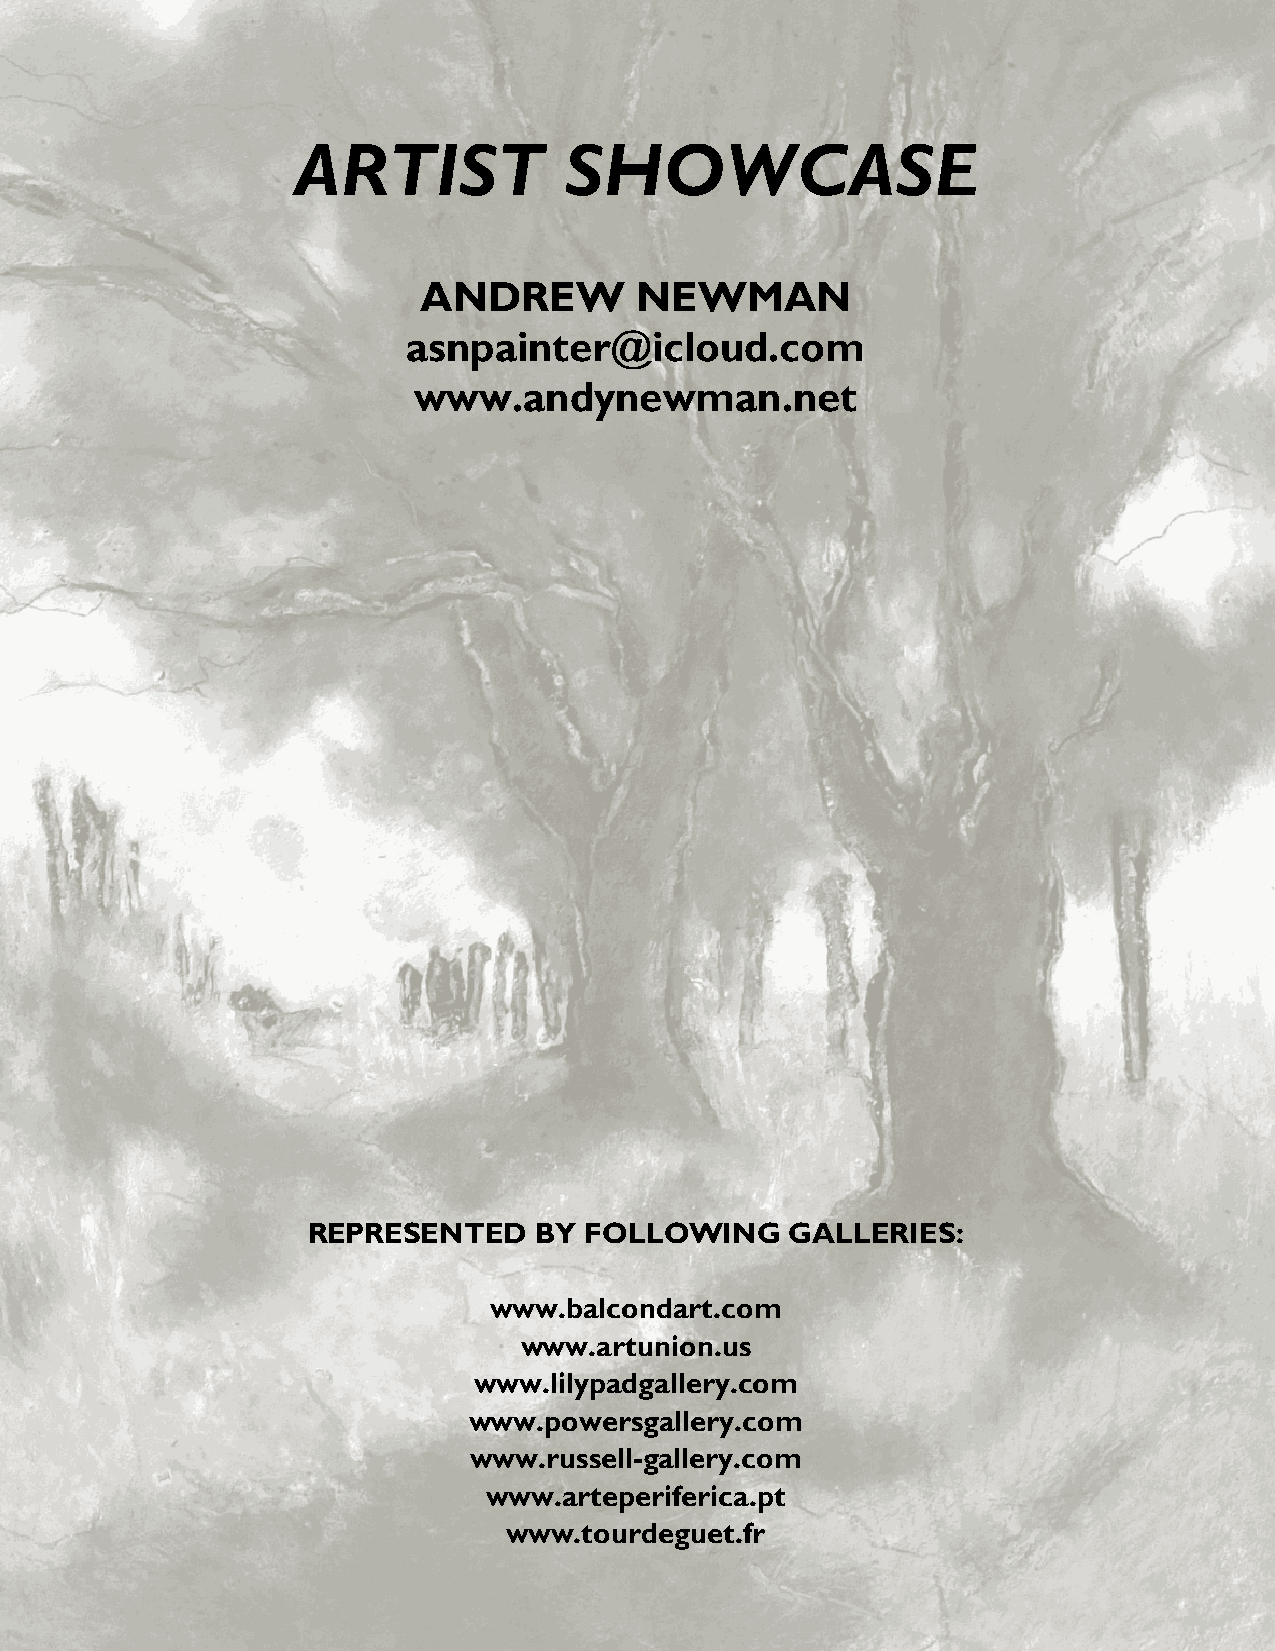
ARTIST            SHOWCASE
 ANDREW        NEWMAN
 asnpainter@icloud.com
 www.andynewman.net
 REPRESENTED    BY  FOLLOWING    GALLERIES:
 www.balcondart.com
 www.artunion.us
 www.lilypadgallery.com
 www.powersgallery.com
 www.russell-gallery.com
 www.arteperiferica.pt
 www.tourdeguet.fr